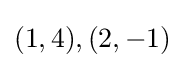
(1,4),(2,-1)